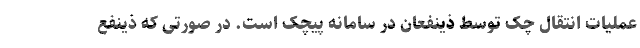
عملیات انتقال چک توسط ذینفعان در سامانه پیچک است. در صورتی که ذینفع